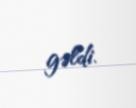
gəldi.